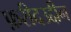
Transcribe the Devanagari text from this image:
फ़रीदउद्दीन